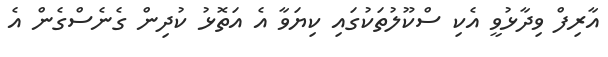
އާރިފް ވިދާޅުވީ އެކި ސްކޫލުތަކުގައި ކިޔަވާ އެ އަތޮޅު ކުދިން ގެނެސްގެން އެ